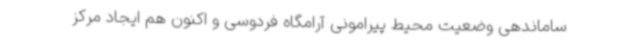
ساماندهی وضعیت محیط پیرامونی آرامگاه فردوسی و اکنون هم ایجاد مرکز